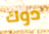
دوك